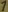
Text: 1